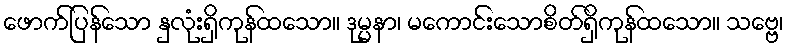
ဖောက်ပြန်သော နှလုံးရှိကုန်ထသော။ ဒုမ္မနာ၊ မကောင်းသောစိတ်ရှိကုန်ထသော။ သဗ္ဗေ၊